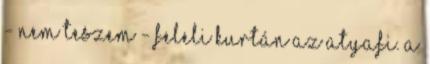
- Nem teszem - feleli kurtán az atyafi. A